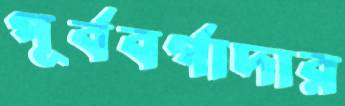
পূর্ববর্গাদার